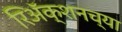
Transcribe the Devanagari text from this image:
रिअॅक्शनच्या